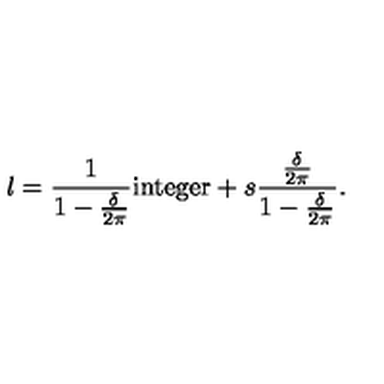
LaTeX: l = { \frac { 1 } { 1 - { \frac { \delta } { 2 \pi } } } } \mathrm { i n t e g e r } + s { \frac { \frac { \delta } { 2 \pi } } { 1 - { \frac { \delta } { 2 \pi } } } } .